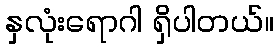
နှလုံးရောဂါ ရှိပါတယ်။